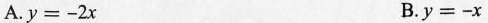
A.$$y=-2x$$ B.$$y=-x$$